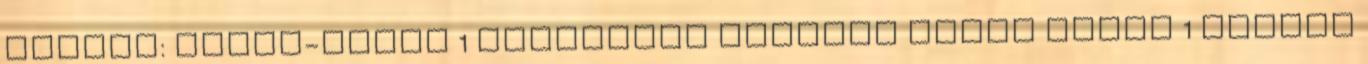
Andrea: Lélek-hidak 1 VESZTESÉG NÉLKÜLI JÓSÁG Tript 1 Vicces